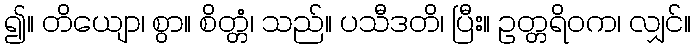
၍။ တိယျော၊ စွာ။ စိတ္တံ၊ သည်။ ပသီဒတိ၊ ပြီး။ ဥတ္တရိဝက၊ လျှင်။